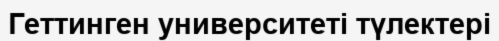
Геттинген университеті түлектері